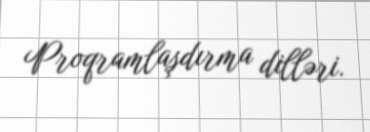
Proqramlaşdırma dilləri.